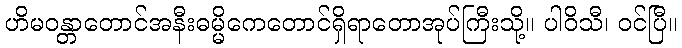
ဟိမဝန္တာတောင်အနီးဓမ္မိကေတောင်ရှိရာတောအုပ်ကြီးသို့။ ပါဝိသီ၊ ဝင်ပြီ။